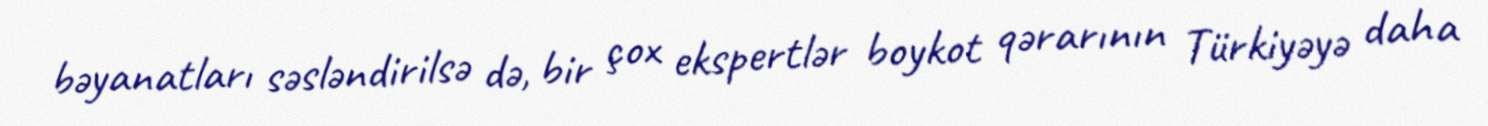
bəyanatları səsləndirilsə də, bir çox ekspertlər boykot qərarının Türkiyəyə daha